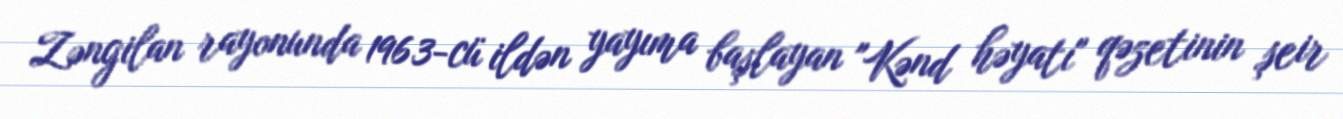
Zəngilan rayonunda 1963-cü ildən yayıma başlayan "Kənd həyatı" qəzetinin şeir